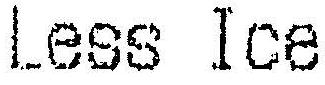
LESS ICE